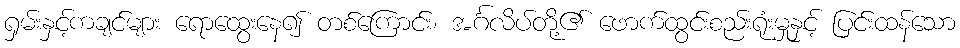
ရှမ်းနှင့်ကချင်များ ရောထွေးနေ၍ တစ်ကြောင်း၊ အင်္ဂလိပ်တို့၏ ဖောက်ထွင်းစည်းရုံးမှုနှင့် ပြင်းထန်သော